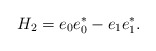
\begin{align*}H_{2}= e_0e_0^* - e_1e_1^*.\end{align*}